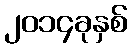
၂၀၁၄ခုနှစ်